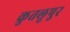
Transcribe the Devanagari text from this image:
कुतलूपुर